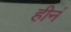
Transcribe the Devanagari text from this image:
हीनं